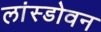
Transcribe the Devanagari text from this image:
लांस्डोवन